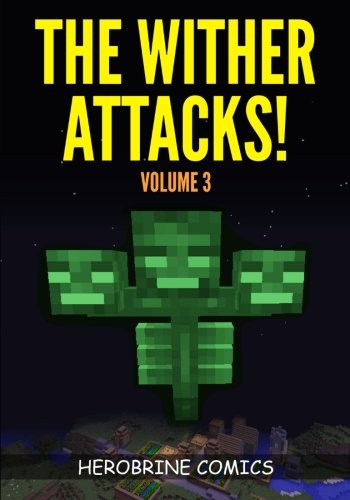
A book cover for Minecraft: The Wither Attacks! - The Ultimate Minecraft Comic Book Volume 3 (A Graphic Novel); Herobrine Comics; Children's Books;